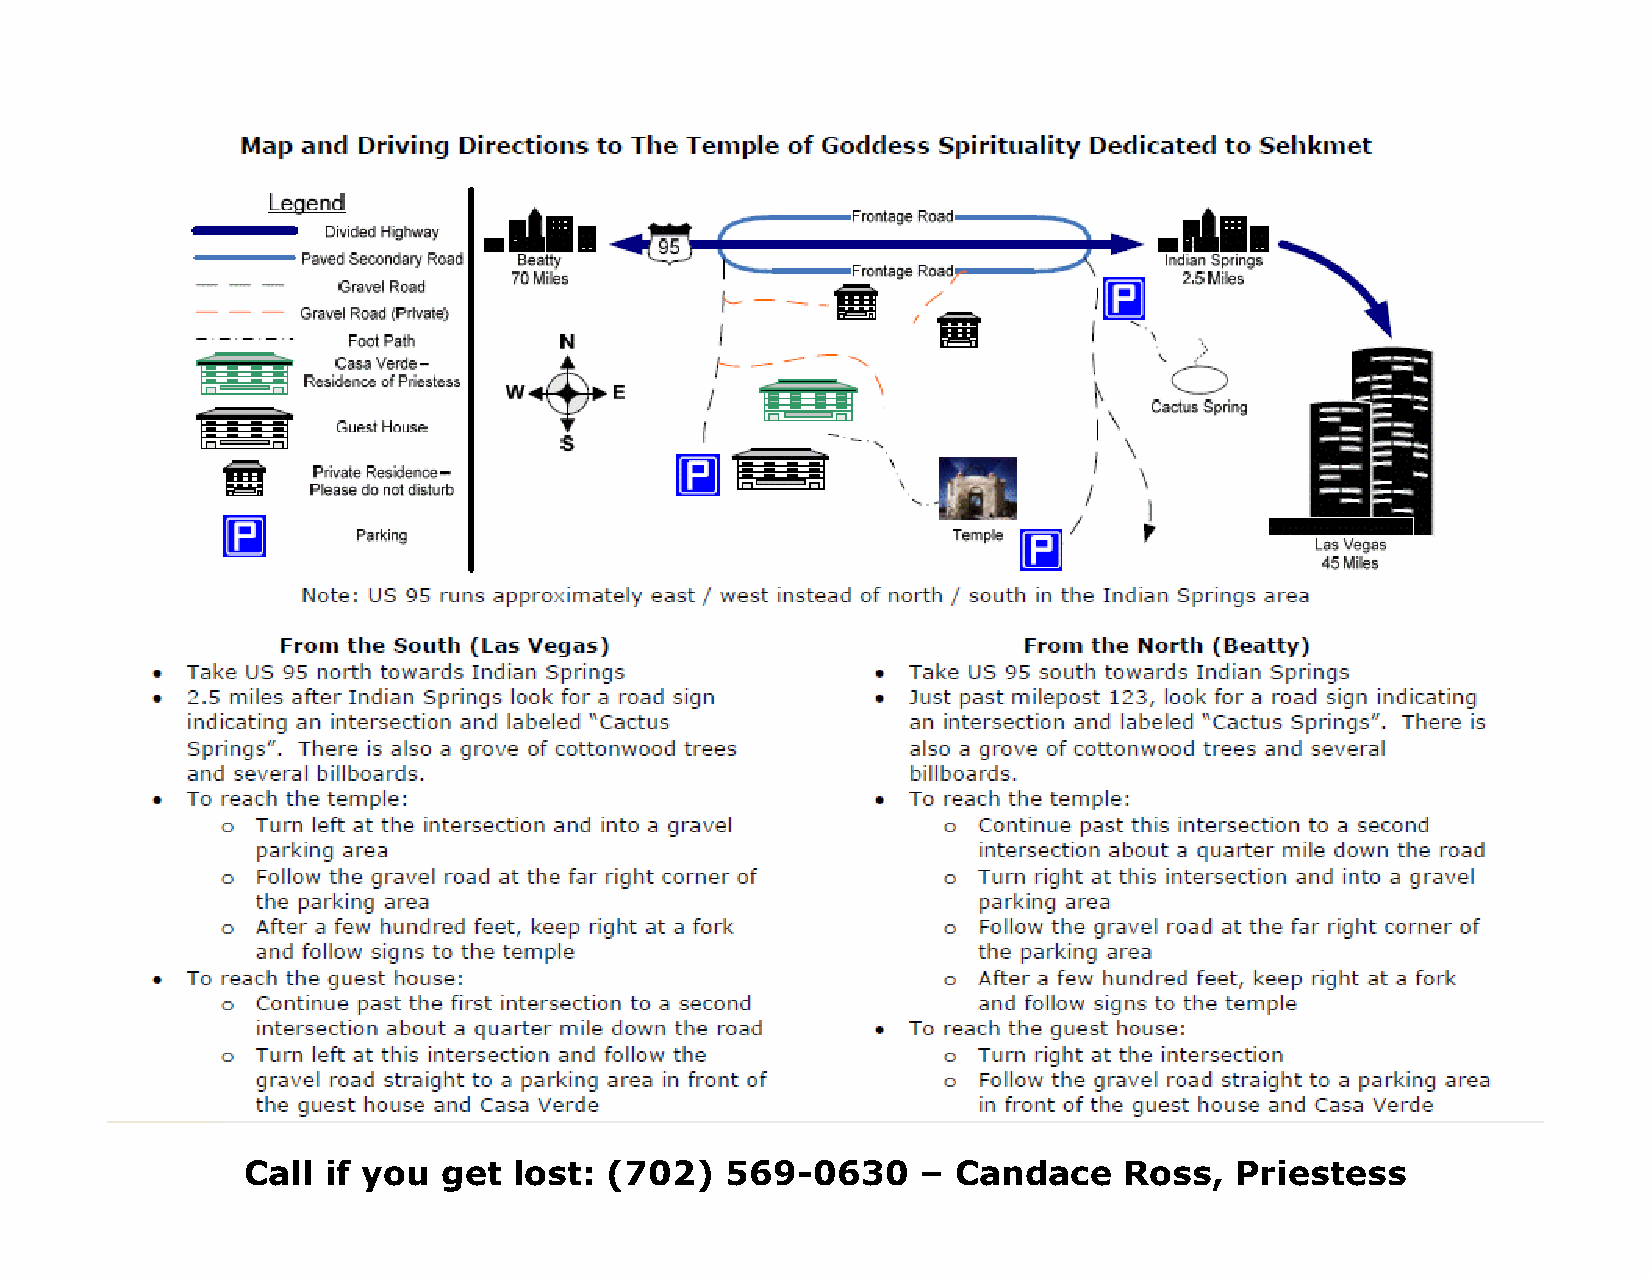
Call if you  get  lost: (702)   569-0630     – Candace    Ross,   Priestess